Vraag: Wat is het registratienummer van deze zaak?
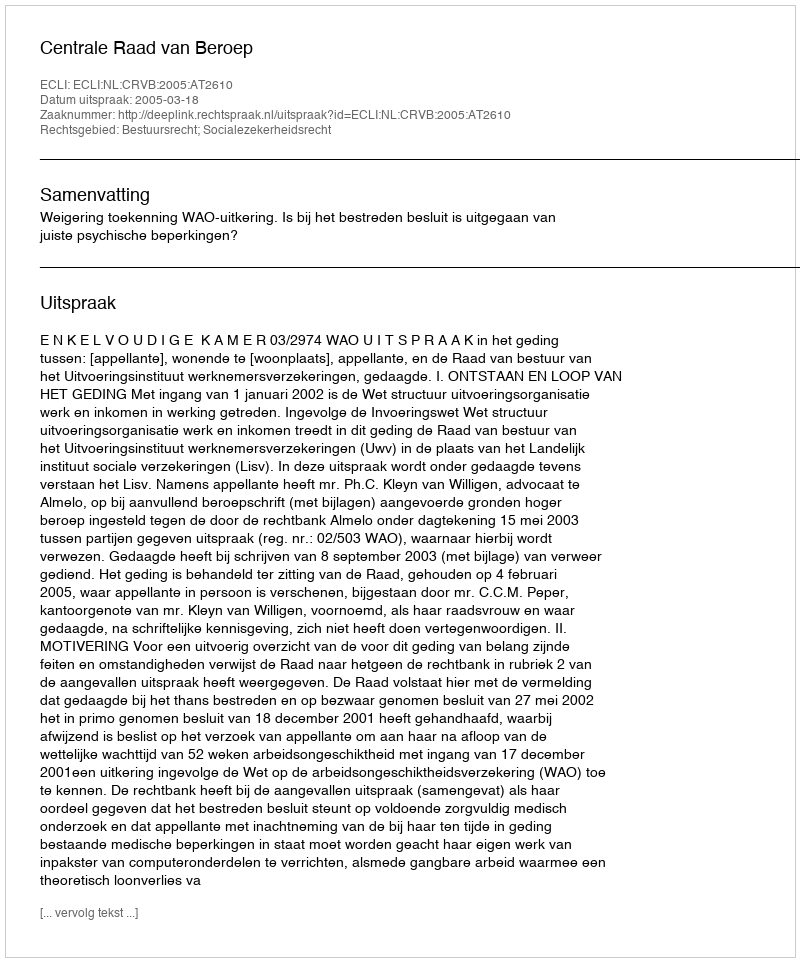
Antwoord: http://deeplink.rechtspraak.nl/uitspraak?id=ECLI:NL:CRVB:2005:AT2610